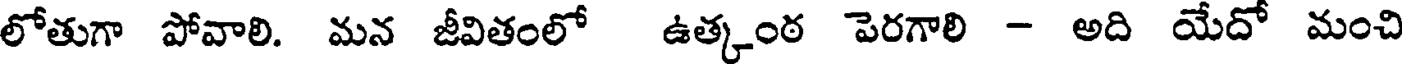
లోతుగా పోవాలి. మన జీవితంలో ఉత్కంఠ పెరగాలి - అది యేదో మంచి